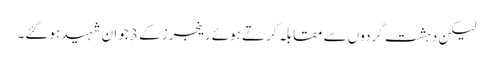
لیکن دہشت گردوں سے مقابلہ کرتے ہوئے رینجرز کے 3 جوان شہید ہوگئے۔